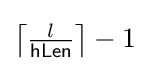
\left\lceil {\tfrac {l}{\mathsf {hLen}}}\right\rceil -1